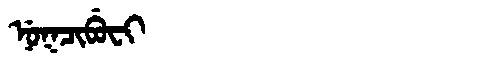
Manchu: ᠨᡠᡴᠴᡳᠪᡠᠸᡳ
Romanization: NUKCIBUFI